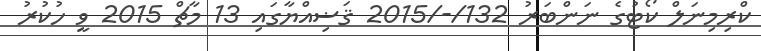
ކްރިމިނަލް ކޯޓުގެ ނަންބަރު 132/-/2015 ޤަޟިއްޔާގައި 13 މާޗް 2015 ވީ ހުކުރު